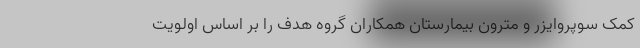
کمک سوپروایزر و مترون بیمارستان همکاران گروه هدف را بر اساس اولویت